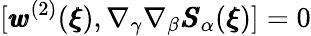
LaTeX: [{\pmb w}^{(2)}({\pmb\xi}),\nabla_{\gamma}\nabla_{\beta}{\pmb S}_{\alpha}({\pmb\xi})]=0